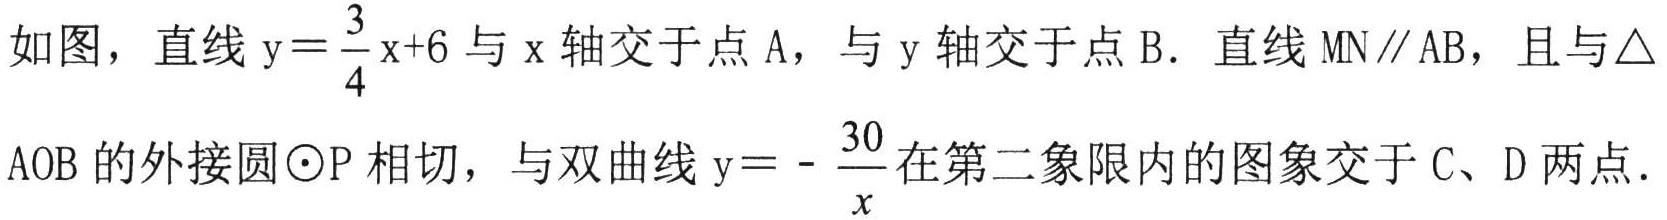
如图，直线 \(y = \frac{3}{4}x + 6\) 与 \(x\) 轴交于点 \(A\)，与 \(y\) 轴交于点 \(B\)．直线 \(MN\parallel AB\)，且与\(\triangle AOB\)的外接圆\(\odot P\)相切，与双曲线 \(y = -\frac{30}{x}\) 在第二象限内的图象交于 \(C、D\) 两点．